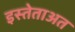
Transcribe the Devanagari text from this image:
इस्तेताअत